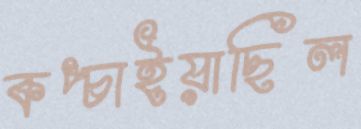
কপ্‌চাইয়াছিল